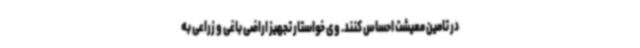
در تامین معیشت احساس کنند. وی خواستار تجهیز اراضی باغی و زراعی به